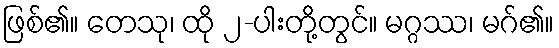
ဖြစ်၏။ တေသု၊ ထို ၂-ပါးတို့တွင်။ မဂ္ဂဿ၊ မဂ်၏။